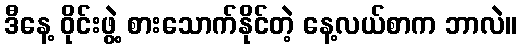
ဒီနေ့ ဝိုင်းဖွဲ့ စားသောက်နိုင်တဲ့ နေ့လယ်စာက ဘာလဲ။